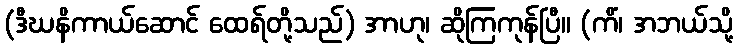
(ဒီဃနိကာယ်ဆောင် ထေရ်တို့သည်) အာဟု၊ ဆိုကြကုန်ပြီ။ (ကိံ၊ အဘယ်သို့